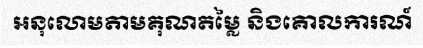
អនុលោមតាមគុណតម្លៃ និងគោលការណ៍